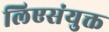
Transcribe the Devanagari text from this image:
लिएसंयुक्त